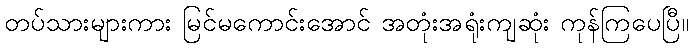
တပ်သားများကား မြင်မကောင်းအောင် အတုံးအရုံးကျဆုံး ကုန်ကြပေပြီ။